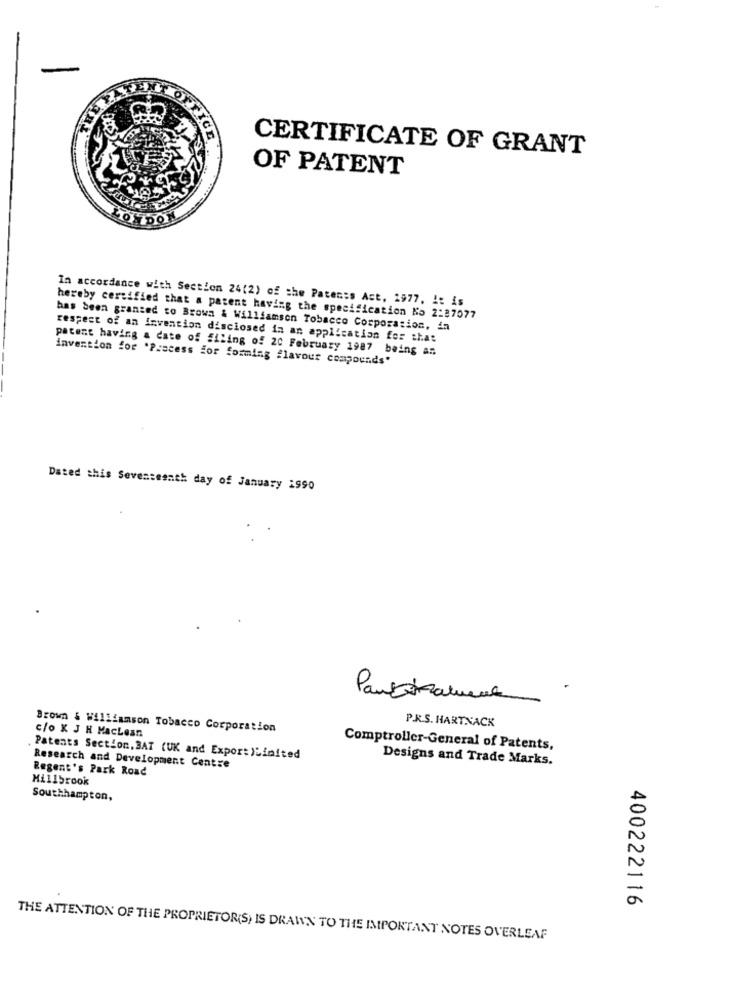
CERTIFICATE OF GRANT
OF PATENT
In accordance with Section 24(2) of the Patents Ast. 1977. it is
hereby certified that a patent having the specification Ko 2:87077
has been granted to Browa & Williamson Tobacco Corporation, in
respect of an invention disclosed in an application for that
patent having a date of filing of 20 February 1987 being an
invention for "Process for forming flavour compounds"
Dated this Seventeenth day of January 1990
P.R.S. HARTNACK
Brown & Williamson Tobacco Corporation
c/o K J H MacLean
Comptroller-General of Patents,
Patents Section, BAT (UK and Expor: )Limited
Designs and Trade Marks.
Research and Development Centre
Regent's Park Road
Millbrook
Southhampton,
400222116
THE ATTENTION OF THE PROPRIETOR(S) IS DRAWN TO THE IMPORTANT NOTES OVERLEAF